Juuru_vallavalitsus, lk 20
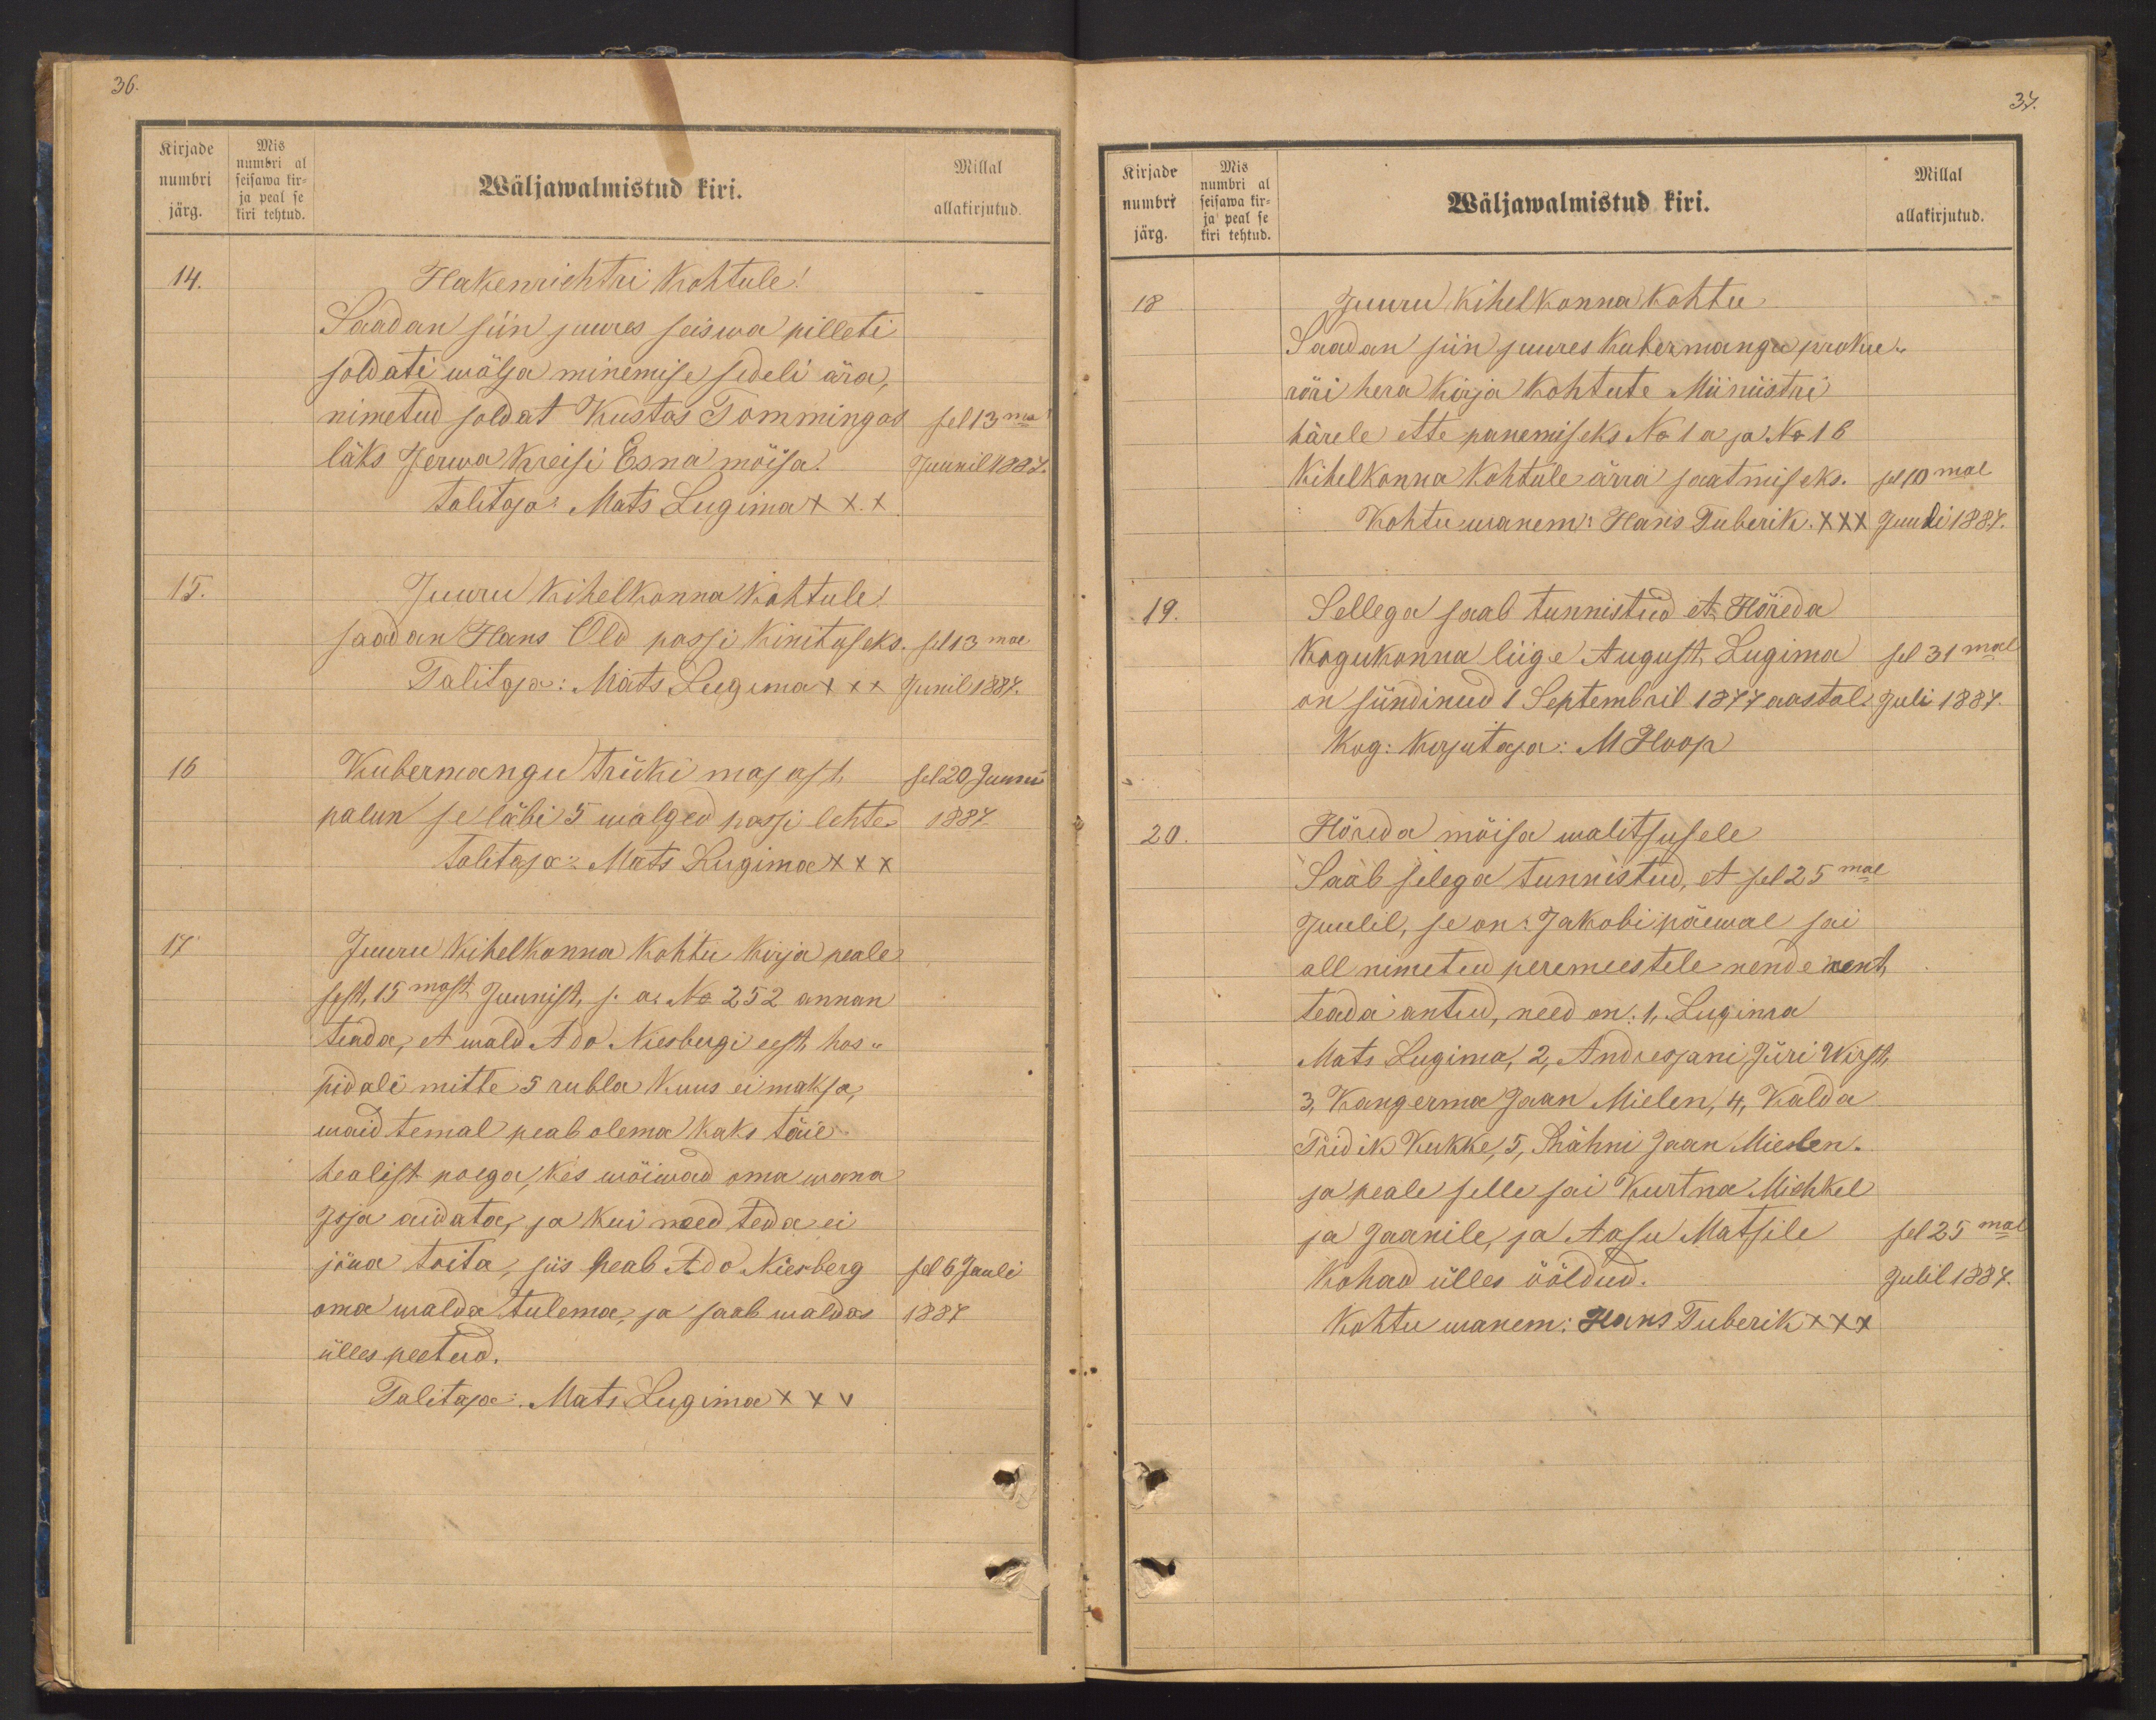
36.

Kirjade
numbri
järg.
Mis
numbri al
seisawa kir-
ja peal se
kiri tehtud.

Millal
Wäljawalmistud kiri.
allakirjutud.
14.
Hakenrichtri kohtule!
Saadan siin juures seiswa pilleti
soldati mõisa minemise sedeli ära,
nimetud soldat Kustas Tommingas
sel 13mal
läks Jerwa Kreisi Esna mõisa.
Juunil 1887.
talitaja: Mats Lugima +++
15.
Juuru kihelkonna kohtule.
saadan Hans Old passi kinituseks sel 13mal
Talitaja: Mats Lugima xxx Junil 1887.
16
Kubermangu trüki majast sel 20 Juuni
palun se läbi 5 walged passi lehte 1887.
Talitaja. Mats Lugima XXX
17.
Juuru kihelkonna kohtu kirja peale
sest, 15mast Juunist, s. a. No 252 annan
teada, et wald Ado Niesbergi eest, Hos-
pidali mitte 5 rubla kuus ei maksa,
waid temal peab olema kaks täie
healist poega kes wõiwad oma wana
Issa aidata, ja kui need teda ei
jõua toita, siis peab Ado Niesberg
sel 6 Juuli
oma walda tulema, ja saab waldas
1881
ülles peetud.
Talitaja: Mats Lugima XXX

Kirjade
numbri
järg.
Mis
numbri al
seisawa kir-
ja peal se
kiri tehtud.

37.
Millal
Wäljawalmistud kiri.
allakirjutud.
18
Juuru kihelkonna kohtu
Saadan siin juures kubermangu proku-
röri hera kirja kohtute. Miiniistri
härele ettepanemiseks No 1a ja No 1b
kihelkonna kohtule ärra saatmiseks. sel 10mal
Kohtuwanem: Hans Tuberik XXX Juuli 1887.
19.
Sellega saab tunnistud et Hõreda
Kogukonna liige August Lugima sel 31mal
on sündinud 1 Septembril 1877 aastal Juli 1887.
Kog: kirjutaja: MHoop
20.
Hõreda mõisa walitsusele
Saab selega tunnistud, et sel 25mal
Juulil, se on: Jakobi päewal sai
all nimetud peremeestele nende rent
teada antud, need on: 1, Lugima
Mats Lugima, 2, Andresjani Jüri Wirst,
3, Kangerma Jaan Mielen, 4, Kalda
Pridik Kukke, 5, Rähni Jaan Mielen.
ja peale selle sai Kurtna Michkel
ja Jaanile ja Aasu Matsile
sel 25mal
Kohad ülles ööldud.
Julil 1887.
Kohtu wanem: Hans Tuberik XXX